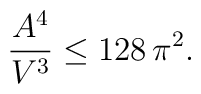
\frac{A^4}{V^3} \le 128\,\pi^2.